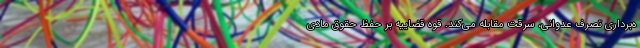
ه‌برداری تصرف عدوانی، سرقت مقابله می‌کند. قوه قضاییه بر حفظ حقوق مادی